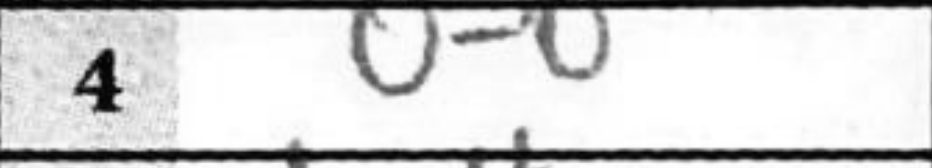
Transcription: O-O